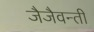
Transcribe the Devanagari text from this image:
जैजैवन्ती